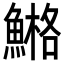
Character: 𩹿